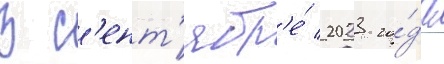
В с'ент'ябр'е́ 2023 го́да